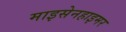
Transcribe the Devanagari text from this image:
माइसेनहाइमर